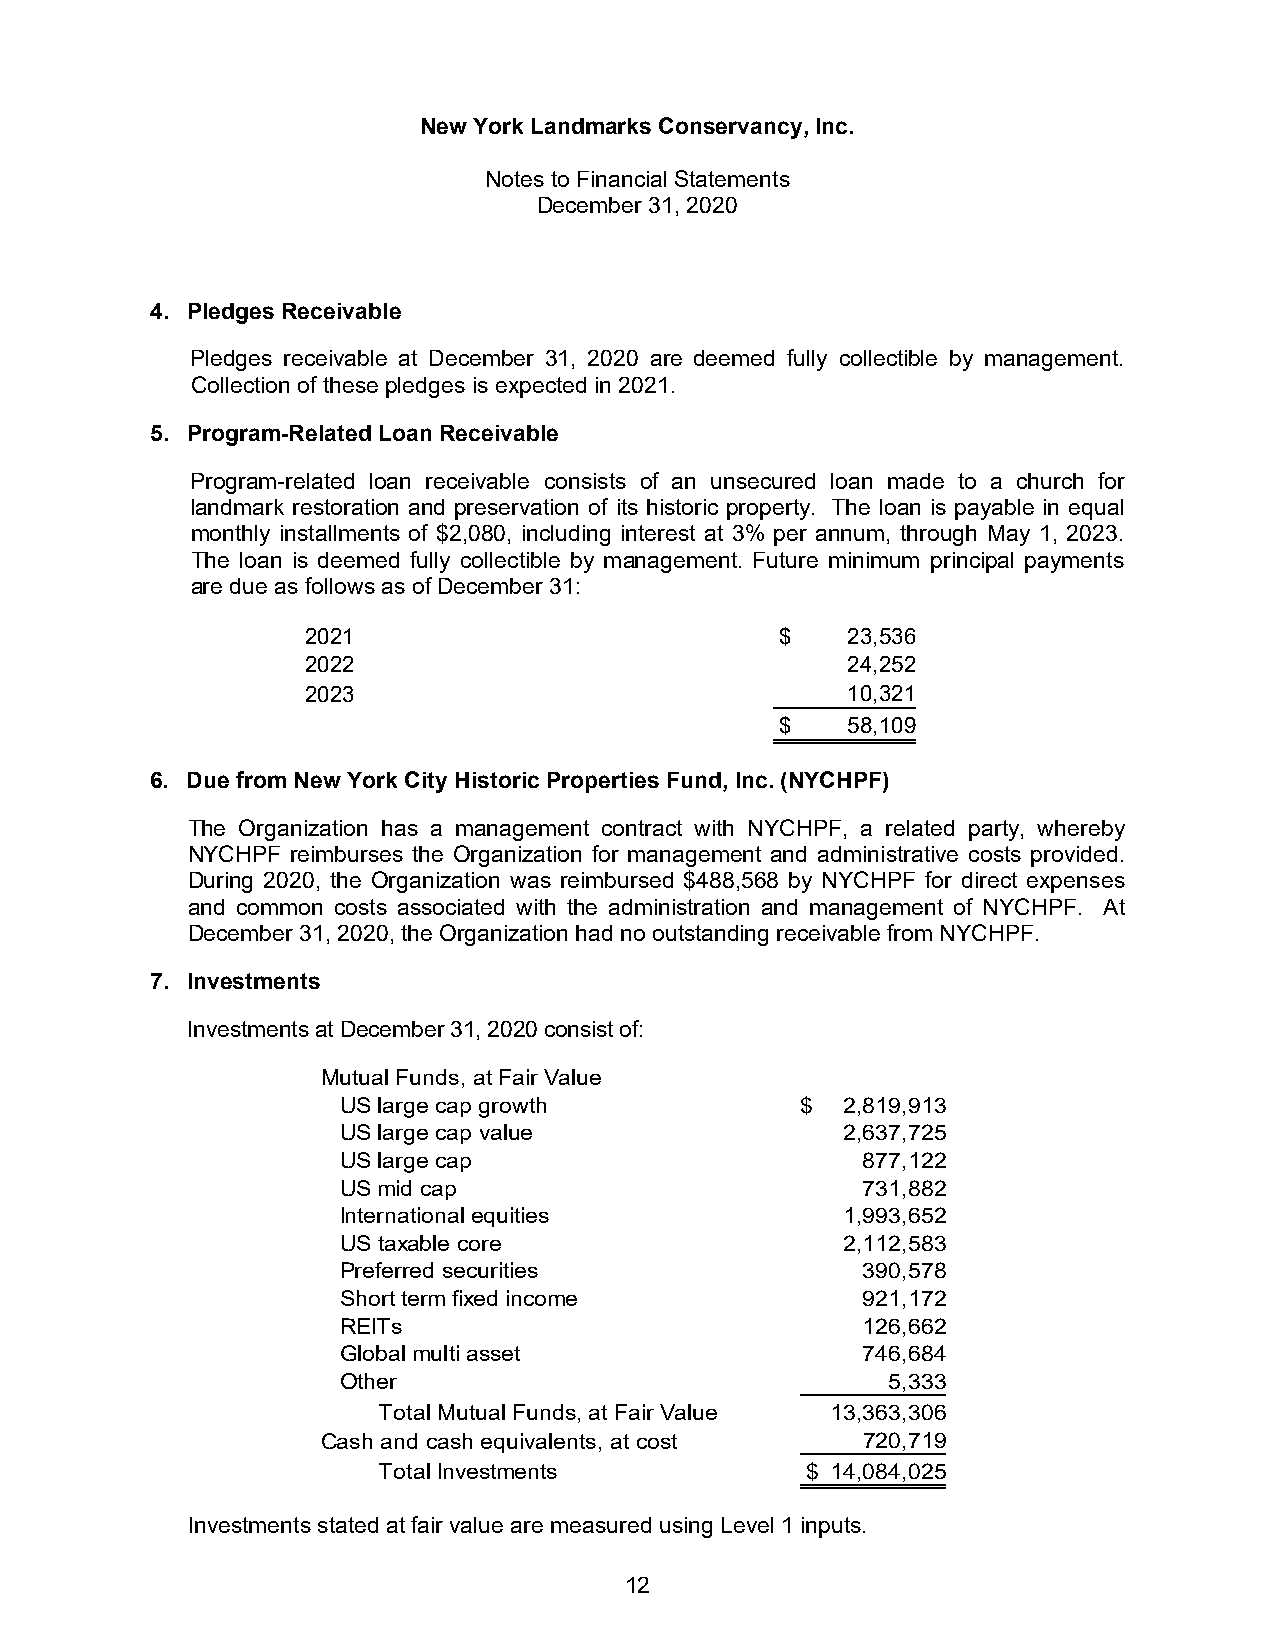
New York Landmarks Conservancy, Inc.
 Notes to Financial Statements
 December 31, 2020
 4. Pledges Receivable
 Pledges receivable at December 31, 2020 are deemed fully collectible by management.
 Collection of these pledges is expected in 2021.
 5. Program-Related Loan Receivable
 Program-related loan receivable consists of an unsecured loan made to a church for
 landmark restoration and preservation of its historic property. The loan is payable in equal
 monthly installments of $2,080, including interest at 3% per annum, through May 1, 2023.
 The loan is deemed fully collectible by management. Future minimum principal payments
 are due as follows as of December 31:
 2021                            $   2 3,536
 2022                                2 4,252
 2023                                1 0,321
 $   5 8,109
 6. Due from New York City Historic Properties Fund, Inc. (NYCHPF)
 The Organization has a management contract with NYCHPF, a related party, whereby
 NYCHPF reimburses the Organization for management and administrative costs provided.
 During 2020, the Organization was reimbursed $488,568 by NYCHPF for direct expenses
 and common costs associated with the administration and management of NYCHPF. At
 December 31, 2020, the Organization had no outstanding receivable from NYCHPF.
 7. Investments
 Investments at December 31, 2020 consist of:
 Mutual Funds, at Fair Value
 US large cap growth           $  2,819,913
 US large cap value               2,637,725
 US large cap                      877,122
 US mid cap                        731,882
 International equities           1,993,652
 US taxable core                  2,112,583
 Preferred securities              390,578
 Short term fixed income           921,172
 REITs                             126,662
 Global multi asset                746,684
 Other                               5,333
 Total Mutual Funds, at Fair Value 13,363,306
 Cash and cash equivalents, at cost  720,719
 Total Investments           $ 1 4,084,025
 Investments stated at fair value are measured using Level 1 inputs.
 12